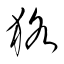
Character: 狢